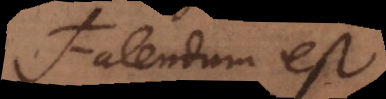
Fatendum est